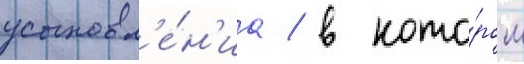
усыновл'е́н'иа / в кото́ром